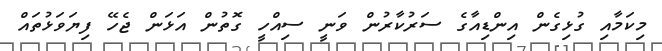
މިކަމާއި ގުޅިގެން އިންޑިއާގެ ސަރުކާރުން ވަނީ ސިއްހީ ގޮތުން އަޅަން ޖެހޭ ފިޔަވަޅުތައް